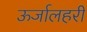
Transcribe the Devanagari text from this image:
ऊर्जालहरी